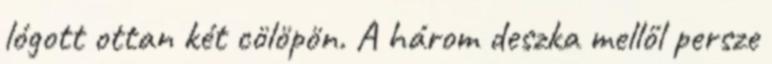
lógott ottan két cölöpön. A három deszka mellől persze